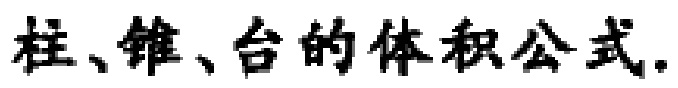
柱、锥、台的体积公式.